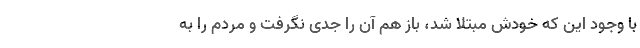
با وجود این که خودش مبتلا شد، باز هم آن را جدی نگرفت و مردم را به